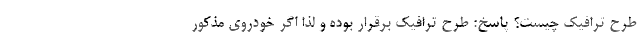
طرح ترافیک چیست؟ پاسخ: طرح ترافیک برقرار بوده و لذا اگر خودروی مذکور